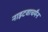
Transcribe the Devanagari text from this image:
नाइटवाचमैन